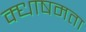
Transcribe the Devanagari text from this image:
क्धाषमता